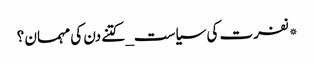
*نفرت کی سیاست_ کتنے دن کی مہمان ؟